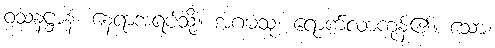
ဝသနဋ္ဌာနံ၊ နေရာအရပ်သို့။ အဂမံသု၊ ရောက်လာကုန်၏။ သော၊